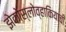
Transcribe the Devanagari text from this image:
झेकोस्लोव्हाकियाची